Annual report on the Civil Veterinary Department, Burma (including the Insein Veterinary School) - 1932-1941
Year: 1932
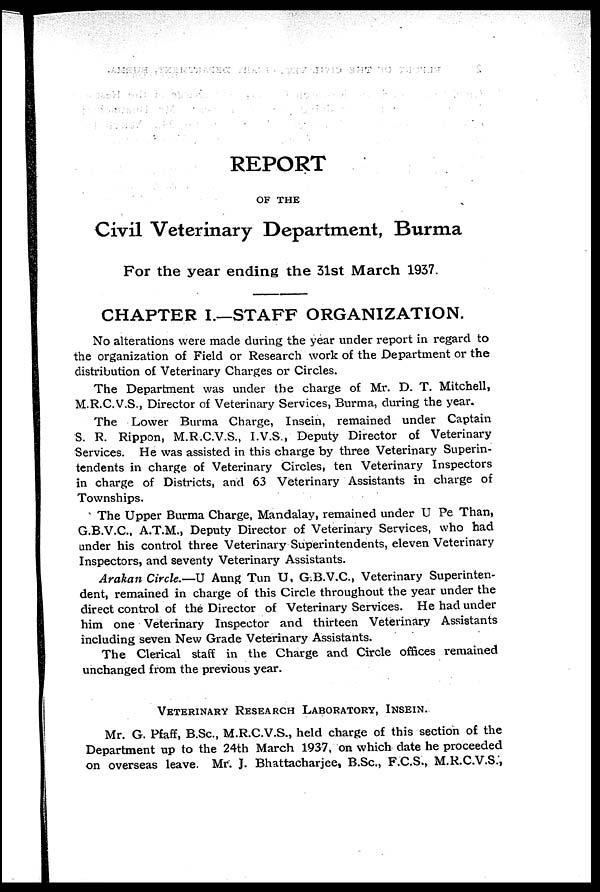
REPORT
OF THE
Civil Veterinary Department, Burma
For the year ending the 31st March 1937.
CHAPTER I.—STAFF ORGANIZATION.
No alterations were made during the year under report in regard to
the organization of Field or Research work of the Department or the
distribution of Veterinary Charges or Circles.
The Department was under the charge of Mr. D. T. Mitchell,
M.R.C.V.S., Director of Veterinary Services, Burma, during the year.
The Lower Burma Charge, Insein, remained under Captain
S. R. Rippon, M.R.C.V.S., I.V.S., Deputy Director of Veterinary
Services. He was assisted in this charge by three Veterinary Superin-
tendents in charge of Veterinary Circles, ten Veterinary Inspectors
in charge of Districts, and 63 Veterinary Assistants in charge of
Townships.
The Upper Burma Charge, Mandalay, remained under U Pe Than,
G.B.V.C., A.T.M., Deputy Director of Veterinary Services, who had
under his control three Veterinary Superintendents, eleven Veterinary
Inspectors, and seventy Veterinary Assistants.
Arakan Circle.—U Aung Tun U, G.B.V.C., Veterinary Superinten-
dent, remained in charge of this Circle throughout the year under the
direct control of the Director of Veterinary Services. He had under
him one Veterinary Inspector and thirteen Veterinary Assistants
including seven New Grade Veterinary Assistants.
The Clerical staff in the Charge and Circle offices remained
unchanged from the previous year.
VETERINARY RESEARCH LABORATORY, INSEIN.
Mr. G. Pfaff, B.Sc., M.R.C.V.S., held charge of this section of the
Department up to the 24th March 1937, on which date he proceeded
on overseas leave. Mr. J. Bhattacharjee, B.Sc., F.C.S., M.R.C.V.S.,